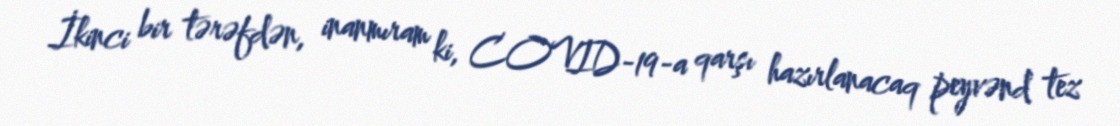
İkinci bir tərəfdən, inanmıram ki, COVID-19-a qarşı hazırlanacaq peyvənd tez